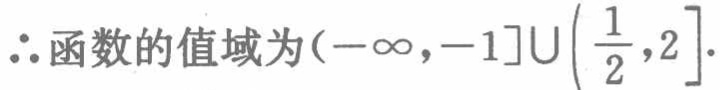
\(\therefore 函数的值域为(-\infty,-1]\cup\left(\frac{1}{2},2\right].\)